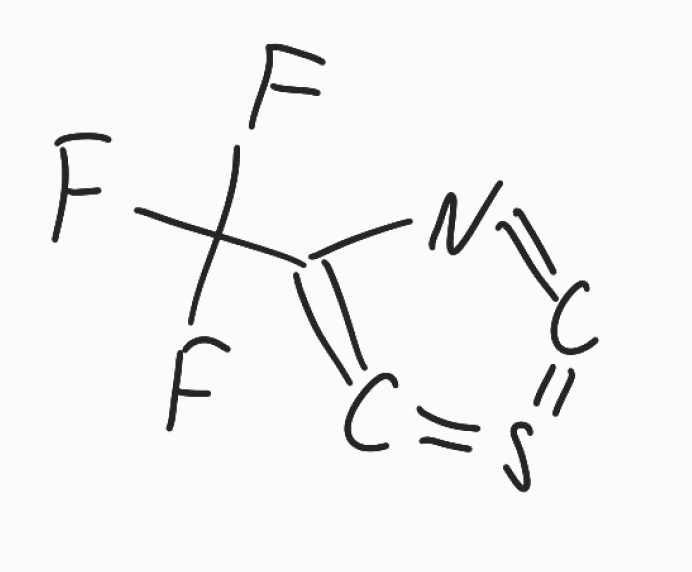
Simplified molecular-input line-entry system (SMILES) notation of the given molecule:
C=1=C(N=C=S1)C(F)(F)F